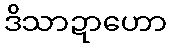
ဒိသာဍာဟော